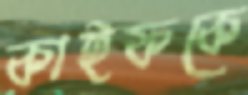
কাইফকে